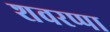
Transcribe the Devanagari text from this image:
शवरप्पा